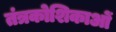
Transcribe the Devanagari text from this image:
तंत्रकोशिकाओं